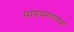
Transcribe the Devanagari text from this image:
मांडवगणच्या